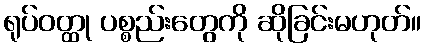
ရုပ်ဝတ္ထု ပစ္စည်းတွေကို ဆိုခြင်းမဟုတ်။